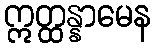
ဣတ္ထန္နာမေန